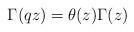
LaTeX: \begin{align*}\Gamma(qz)=\theta(z)\Gamma(z) \end{align*}